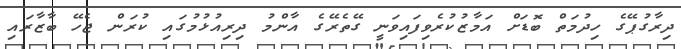
ދިރާގުޕޭގެ ހިދުމަތް ބޮޑަށް އަމާޒުކުރެވިފައިވަނީ ގޭތެރޭގެ އާންމު ދިރިއުޅުމުގައި ކުރަން ޖެހޭ ބާޒާރައި